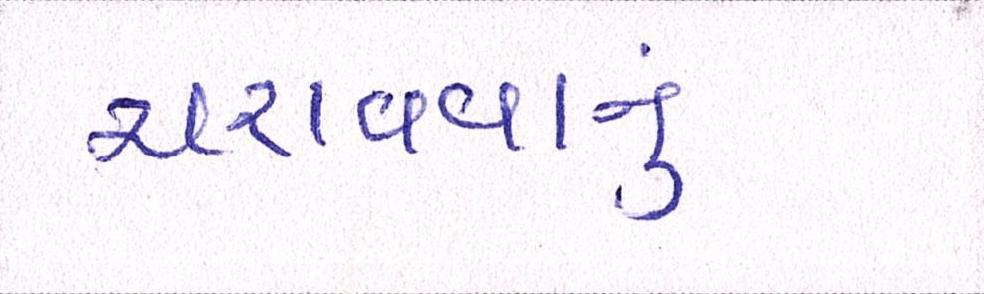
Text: ચરાવવાનુ